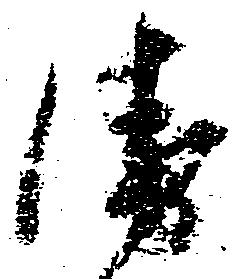
衛